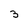
Character: 3